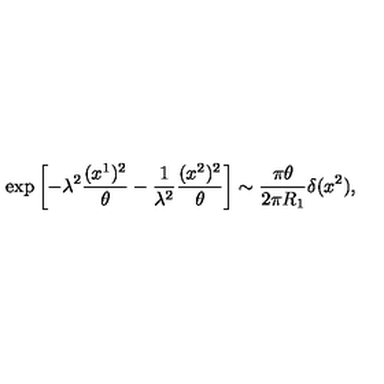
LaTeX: \exp \left[ - \lambda ^ { 2 } \frac { ( x ^ { 1 } ) ^ { 2 } } { \theta } - \frac { 1 } { \lambda ^ { 2 } } \frac { ( x ^ { 2 } ) ^ { 2 } } { \theta } \right] \sim \frac { \pi \theta } { 2 \pi R _ { 1 } } \delta ( x ^ { 2 } ) ,